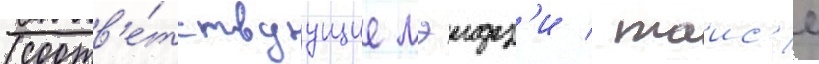
(соотв'е́тствуущие мэидз'и / таис'е